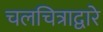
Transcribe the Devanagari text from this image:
चलचित्राद्वारे